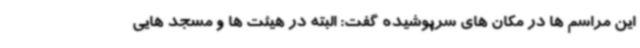
این مراسم ها در مکان های سرپوشیده گفت: البته در هیئت ها و مسجد هایی